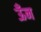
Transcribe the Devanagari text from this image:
ऊँन